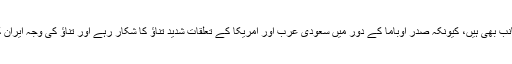
ٹرمپ اِس معاہدے کو اپنے بڑی سفارتی کامیابی سمجھتے ہیں اور کسی قدر وہ حق بجانب بھی ہیں، کیونکہ صدر اوباما کے دور میں سعودی عرب اور امریکا کے تعلقات شدید تناؤ کا شکار رہے اور تناؤ کی وجہ ایران کے ایٹمی معاہدے پر سمجھوتہ تھا جسے اوباما اپنی بڑی سفارتی کامیابی گردانتے ہیں۔